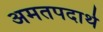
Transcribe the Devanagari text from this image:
अमतपदार्थ